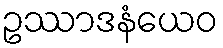
ဥဿာဒနံယေဝ